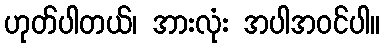
ဟုတ်ပါတယ်၊ အားလုံး အပါအဝင်ပါ။